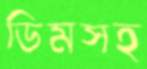
ডিমসহ